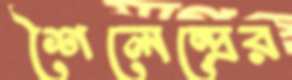
শৈলেন্দ্রের